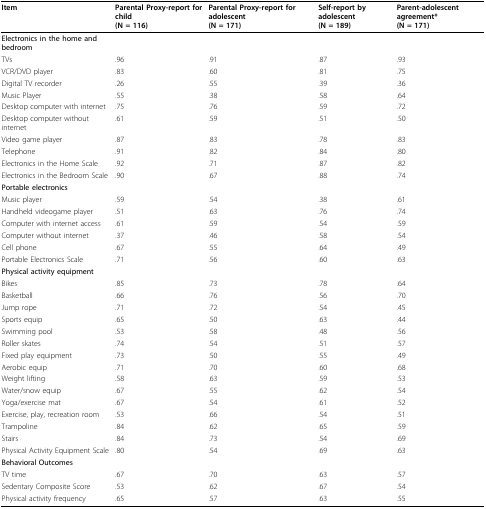
<table><thead><tr><td><b>Item</b></td><td><b>Parental Proxy-report for child(N = 116)</b></td><td><b>Parental Proxy-report for adolescent(N = 171)</b></td><td><b>Self-report by adolescent(N = 189)</b></td><td><b>Parent-adolescent agreement*(N = 171)</b></td></tr></thead><tbody><tr><td><b>Electronics in the home and bedroom</b></td><td></td><td></td><td></td><td></td></tr><tr><td>TVs</td><td>.96</td><td>.91</td><td>.87</td><td>.93</td></tr><tr><td>VCR/DVD player</td><td>.83</td><td>.60</td><td>.81</td><td>.75</td></tr><tr><td>Digital TV recorder</td><td>.26</td><td>.55</td><td>.39</td><td>.36</td></tr><tr><td>Music Player</td><td>.55</td><td>.38</td><td>.58</td><td>.64</td></tr><tr><td>Desktop computer with internet</td><td>.75</td><td>.76</td><td>.59</td><td>.72</td></tr><tr><td>Desktop computer without internet</td><td>.61</td><td>.59</td><td>.51</td><td>.50</td></tr><tr><td>Video game player</td><td>.87</td><td>.83</td><td>.78</td><td>.83</td></tr><tr><td>Telephone</td><td>.91</td><td>.82</td><td>.84</td><td>.80</td></tr><tr><td>Electronics in the Home Scale</td><td>.92</td><td>.71</td><td>.87</td><td>.82</td></tr><tr><td>Electronics in the Bedroom Scale</td><td>.90</td><td>.67</td><td>.88</td><td>.74</td></tr><tr><td><b>Portable electronics</b></td><td></td><td></td><td></td><td></td></tr><tr><td>Music player</td><td>.59</td><td>.54</td><td>.38</td><td>.61</td></tr><tr><td>Handheld videogame player</td><td>.51</td><td>.63</td><td>.76</td><td>.74</td></tr><tr><td>Computer with internet access</td><td>.61</td><td>.59</td><td>.54</td><td>.59</td></tr><tr><td>Computer without internet</td><td>.37</td><td>.46</td><td>.58</td><td>.54</td></tr><tr><td>Cell phone</td><td>.67</td><td>.55</td><td>.64</td><td>.49</td></tr><tr><td>Portable Electronics Scale</td><td>.71</td><td>.56</td><td>.60</td><td>.63</td></tr><tr><td><b>Physical activity equipment</b></td><td></td><td></td><td></td><td></td></tr><tr><td>Bikes</td><td>.85</td><td>.73</td><td>.78</td><td>.64</td></tr><tr><td>Basketball</td><td>.66</td><td>.76</td><td>.56</td><td>.70</td></tr><tr><td>Jump rope</td><td>.71</td><td>.72</td><td>.54</td><td>.45</td></tr><tr><td>Sports equip</td><td>.65</td><td>.50</td><td>.63</td><td>.44</td></tr><tr><td>Swimming pool</td><td>.53</td><td>.58</td><td>.48</td><td>.56</td></tr><tr><td>Roller skates</td><td>.74</td><td>.54</td><td>.51</td><td>.57</td></tr><tr><td>Fixed play equipment</td><td>.73</td><td>.50</td><td>.55</td><td>.49</td></tr><tr><td>Aerobic equip</td><td>.71</td><td>.70</td><td>.60</td><td>.68</td></tr><tr><td>Weight lifting</td><td>.58</td><td>.63</td><td>.59</td><td>.53</td></tr><tr><td>Water/snow equip</td><td>.67</td><td>.55</td><td>.62</td><td>.54</td></tr><tr><td>Yoga/exercise mat</td><td>.67</td><td>.54</td><td>.61</td><td>.52</td></tr><tr><td>Exercise, play, recreation room</td><td>.53</td><td>.66</td><td>.54</td><td>.51</td></tr><tr><td>Trampoline</td><td>.84</td><td>.62</td><td>.65</td><td>.59</td></tr><tr><td>Stairs</td><td>.84</td><td>.73</td><td>.54</td><td>.69</td></tr><tr><td>Physical Activity Equipment Scale</td><td>.80</td><td>.54</td><td>.69</td><td>.63</td></tr><tr><td><b>Behavioral Outcomes</b></td><td></td><td></td><td></td><td></td></tr><tr><td>TV time</td><td>.67</td><td>.70</td><td>.63</td><td>.57</td></tr><tr><td>Sedentary Composite Score</td><td>.53</td><td>.62</td><td>.67</td><td>.54</td></tr><tr><td>Physical activity frequency</td><td>.65</td><td>.57</td><td>.63</td><td>.55</td></tr></tbody></table>